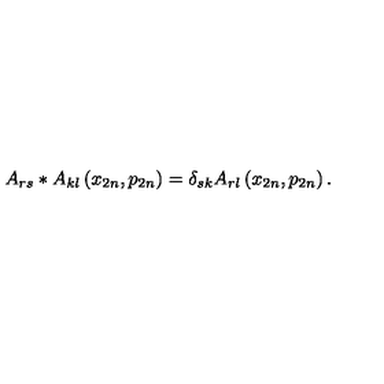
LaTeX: A _ { r s } * A _ { k l } \left( x _ { 2 n } , p _ { 2 n } \right) = \delta _ { s k } A _ { r l } \left( x _ { 2 n } , p _ { 2 n } \right) .